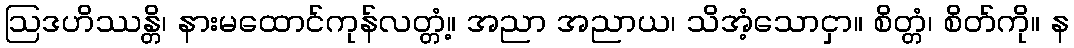
ဩဒဟိဿန္တိ၊ နားမထောင်ကုန်လတ္တံ့။ အညာ အညာယ၊ သိအံ့သောငှာ။ စိတ္တံ၊ စိတ်ကို။ န